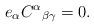
LaTeX: \begin{align*}e_\alpha C^\alpha{}_{\beta\gamma} = 0. \end{align*}